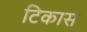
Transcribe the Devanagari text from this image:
टिकास